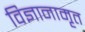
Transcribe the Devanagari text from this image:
विज्ञानामृत